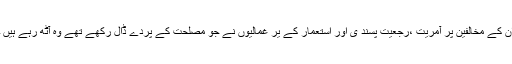
ان کے مخالفین پر آمریت ،رجعیت پسند ی اور استعمار کے یر غمالیوں نے جو مصلحت کے پردے ڈال رکھے تھے وہ آٹھ رہے ہیں ۔